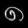
Digit: ၈